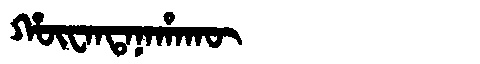
Manchu: ᡥᡡᠸᠠᠨᡨᠠᠨᠠᡥᠠᡴᡡ
Romanization: HŪWANTANAHAKŪ